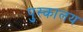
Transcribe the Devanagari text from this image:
पुस्‍कालय